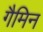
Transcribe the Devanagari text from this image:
गैमिन